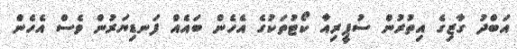
އަބްދު ގާޒިގެ އިތުރުން ސުޕީރިއާ ކޯޓުތަކުގެ އެހެން ބައެއް ފަނޑިޔަރުން ވެސް އެހެން